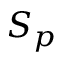
S _ { p }